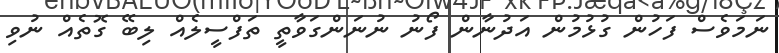
ނަމަވެސް ފަހުން ގުޅުމުން އަދުނާން ފޯނު ނުނަންގަވާތީ ތަފްސީލެއް ލިބޭ ގޮތެއް ނުވި